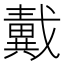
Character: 𢨚